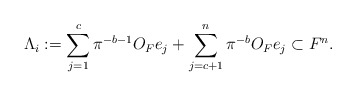
\begin{align*} \Lambda_i := \sum_{j = 1}^c \pi^{-b-1}O_F e_j + \sum_{j = c+1}^n \pi^{-b} O_F e_j \subset F^n.\end{align*}